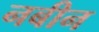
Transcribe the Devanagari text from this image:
नबीन